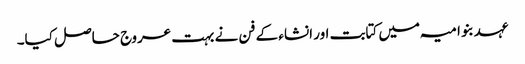
عہد بنو امیہ میں کتابت اور انشاء کے فن نے بہت عروج حاصل کیا۔